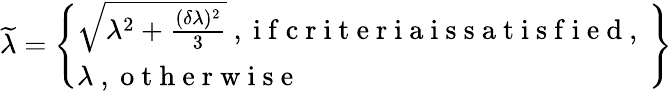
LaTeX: \widetilde{\lambda}=\left\{ \begin{array}{l}{\sqrt{\lambda^{2}+\frac{(\delta\lambda)^{2}}{3}}\mathrm{~,~i~f~c~r~i~t~e~r~i~a~i~s~s~a~t~i~s~f~i~e~d~,~}}\\ {\lambda\mathrm{~,~o~t~h~e~r~w~i~s~e~}}\end{array}\right\}